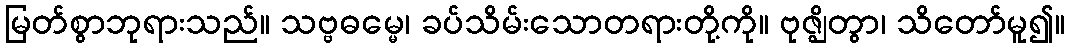
မြတ်စွာဘုရားသည်။ သဗ္ဗဓမ္မေ၊ ခပ်သိမ်းသောတရားတို့ကို။ ဗုဇ္ဈိတွာ၊ သိတော်မူ၍။